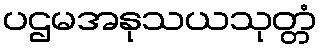
ပဌမအနုသယသုတ္တံ